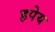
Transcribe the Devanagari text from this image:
हपेय